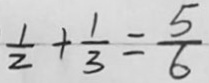
\frac { 1 } { 2 } + \frac { 1 } { 3 } = \frac { 5 } { 6 }